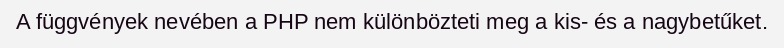
A függvények nevében a PHP nem különbözteti meg a kis- és a nagybetűket.